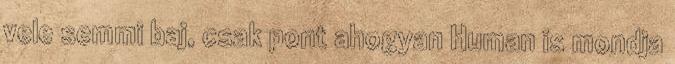
vele semmi baj, csak pont ahogyan Human is mondja